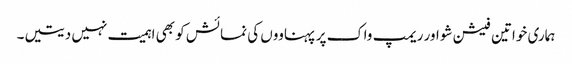
ہماری خواتین فیشن شو اور ریمپ واک پر پہناووں کی نمائش کو بھی اہمیت نہیں دیتیں۔